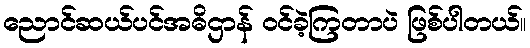
ညောင်ဆယ်ပင်အဓိဌာန် ဝင်ခဲ့ကြတာပဲ ဖြစ်ပါတယ်။